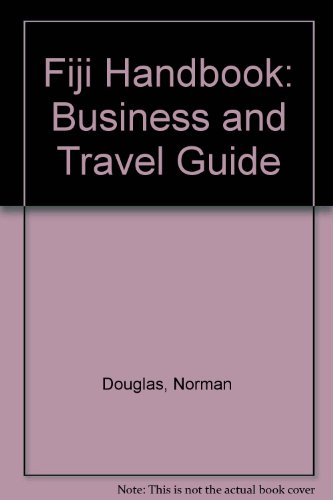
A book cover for Fiji Handbook: Business and Travel Guide; Norman Douglas; Travel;